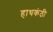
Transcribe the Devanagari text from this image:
हाथकंठी